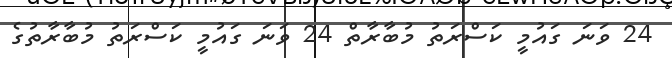
24 ވަނަ ގައުމީ ކަސްރަތު މުބާރާތް 24 ވަނަ ގައުމީ ކަސްރަތު މުބާރާތުގެ